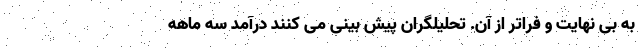
به بی نهایت و فراتر از آن. تحلیلگران پیش بینی می کنند درآمد سه ماهه